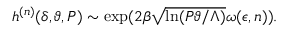
h ^ { ( n ) } ( \delta , \vartheta , P ) \sim { \mathrm { e x p } } ( 2 \beta \sqrt { \ln ( P \vartheta / \Lambda ) } \omega ( \epsilon , n ) ) .